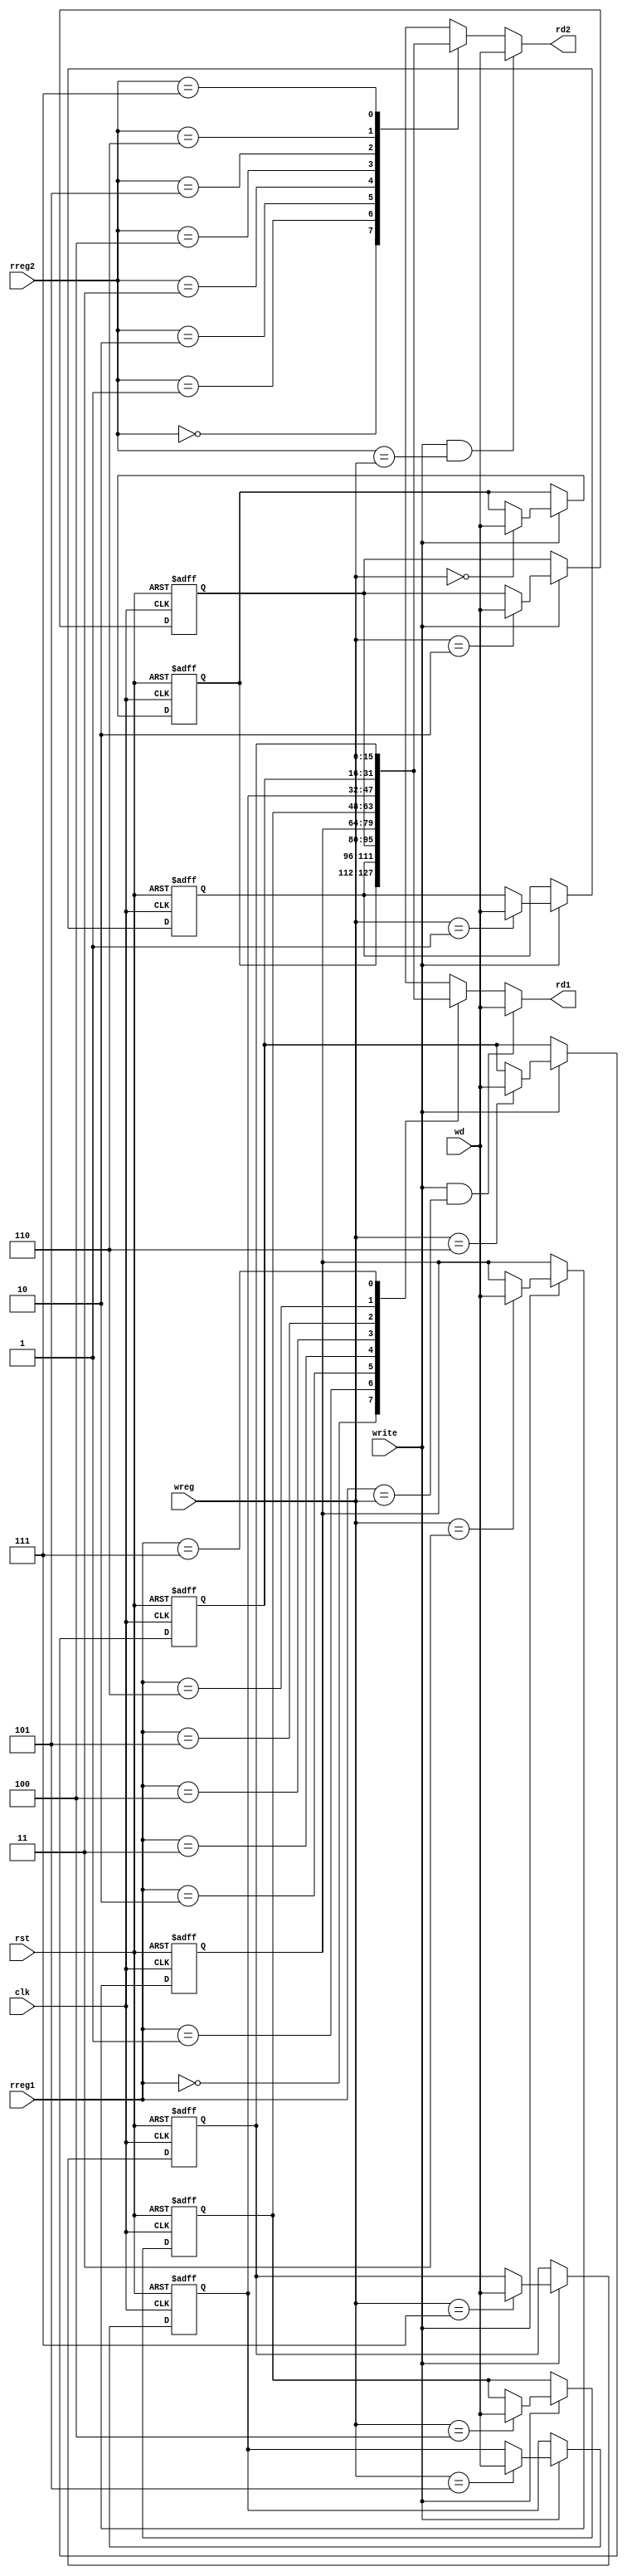
module register_file (
  input clk, rst,
  input write,
  input [2:0] wreg, rreg1, rreg2,
  input [15:0] wd,
  output wire [15:0] rd1, rd2
);

  integer i;

  // Register File
  reg [15:0] regfile[0:7];

  // Async Read (with forwarding)
  assign rd1 = (write && rreg1 == wreg) ? wd : regfile[rreg1];
  assign rd2 = (write && rreg2 == wreg) ? wd : regfile[rreg2];

  // Sync Write and Async Reset
  always @(posedge clk or negedge rst) begin
    if (!rst) begin
      // reset register file
      for (i = 0; i < 8; i = i + 1)
        regfile[i] <= 16'b0;
    end else if (write) begin
      // write to register file
      regfile[wreg] <= wd;
    end
  end

endmodule